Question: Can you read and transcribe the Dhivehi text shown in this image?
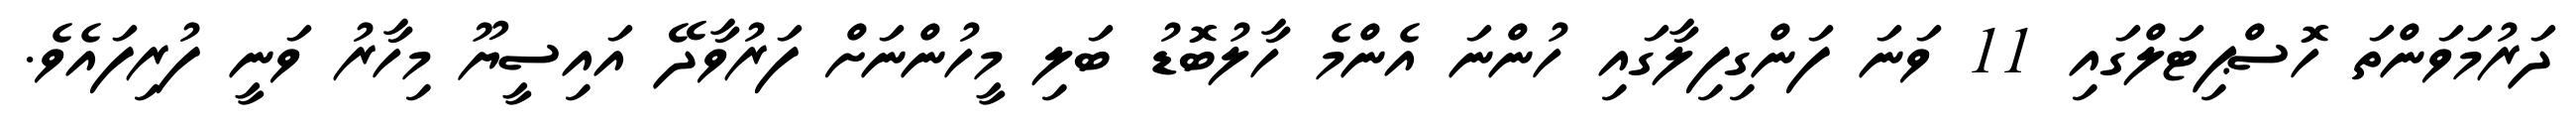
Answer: ދަރުމަވަންތަ ހޮސްޕިޓަލްގައި 11 ވަނަ ފަންގިފިލާގައި ހުންނަ އެންމެ ހާލުބޮޑު ބަލި މީހުންނަށް ފަރުވާދޭ އައިސީޔޫ މިހާރު ވަނީ ފުރިފައެވެ.